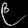
Digit: ၉